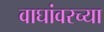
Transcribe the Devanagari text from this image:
वाघांवरच्या